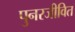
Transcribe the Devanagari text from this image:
पुनरजीवित